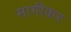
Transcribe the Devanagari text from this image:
मागीकर